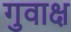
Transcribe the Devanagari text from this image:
गुवाक्ष